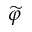
\widetilde { \varphi }